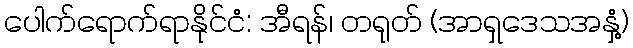
ပေါက်ရောက်ရာနိုင်ငံ: အီရန်၊ တရုတ် (အာရှဒေသအနှံ့)